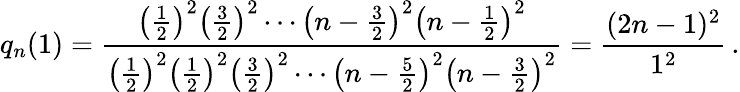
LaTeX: q_{n}(1)=\frac{\left(\frac{1}{2}\right)^{2}\left(\frac{3}{2}\right)^{2}\cdots\left(n-\frac{3}{2}\right)^{2}\left(n-\frac{1}{2}\right)^{2}}{\left(\frac{1}{2}\right)^{2}\left(\frac{1}{2}\right)^{2}\left(\frac{3}{2}\right)^{2}\cdots\left(n-\frac{5}{2}\right)^{2}\left(n-\frac{3}{2}\right)^{2}}=\frac{(2n-1)^{2}}{1^{2}}\, .